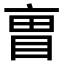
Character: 𫡼